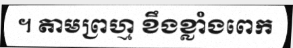
។ តាមព្រហ្ម ខឹងខ្លាំងពេក